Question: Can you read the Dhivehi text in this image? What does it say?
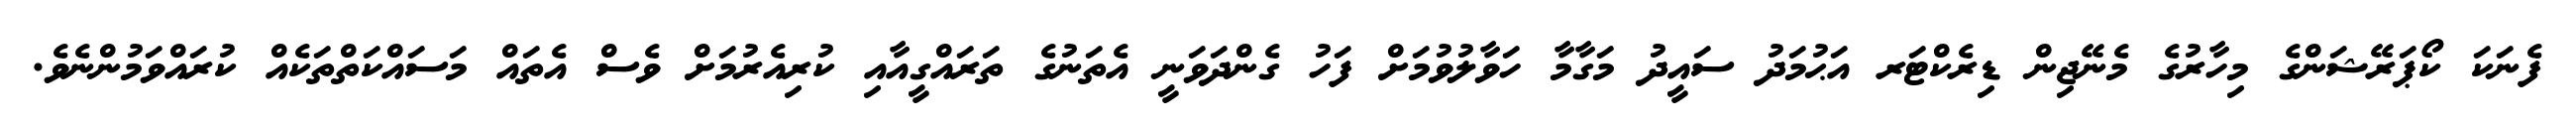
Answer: ފެނަކަ ކޯޕަރޭޝަންގެ މިހާރުގެ މެނޭޖިން ޑިރެކްޓަރ އަޙުމަދު ސައީދު މަގާމާ ހަވާލުވުމަށް ފަހު ގެންދަވަނީ އެތަނުގެ ތަރައްގީއާއި ކުރިއެރުމަށް ވެސް އެތައް މަސައްކަތްތަކެއް ކުރައްވަމުންނެވެ.